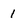
Character: 1